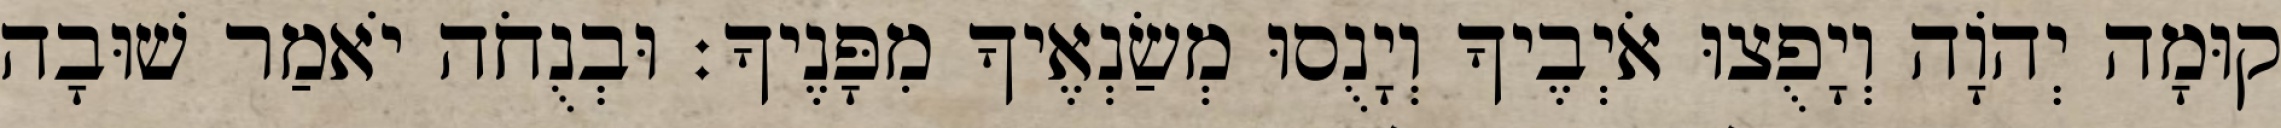
קוּמָה יְהֹוָה וְיָפֻצוּ אֹיְבֶיךָ וְיָנֻסוּ מְשַׂנְאֶיךָ מִפָּנֶיךָ׃ וּבְנֻחֹה יֹאמַר שׁוּבָה